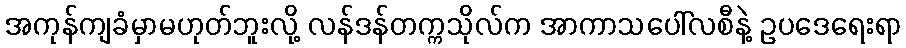
အကုန်ကျခံမှာမဟုတ်ဘူးလို့ လန်ဒန်တက္ကသိုလ်က အာကာသပေါ်လစီနဲ့ ဥပဒေရေးရာ